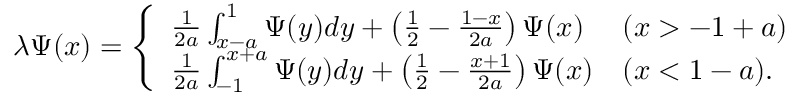
\begin{array} { r } { \lambda \Psi ( x ) = \left\{ \begin{array} { l l } { \frac { 1 } { 2 a } \int _ { x - a } ^ { 1 } \Psi ( y ) d y + \left( \frac { 1 } { 2 } - \frac { 1 - x } { 2 a } \right) \Psi ( x ) } & { ( x > - 1 + a ) } \\ { \frac { 1 } { 2 a } \int _ { - 1 } ^ { x + a } \Psi ( y ) d y + \left( \frac { 1 } { 2 } - \frac { x + 1 } { 2 a } \right) \Psi ( x ) } & { ( x < 1 - a ) . } \end{array} \right. } \end{array}